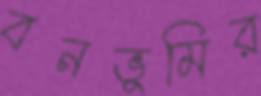
বনভূমির